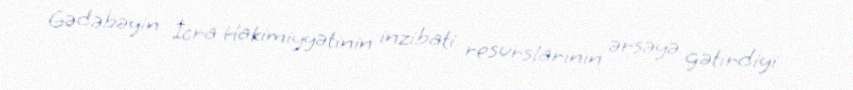
Gədəbəyin İcra Hakimiyyətinin inzibati resurslarının ərsəyə gətirdiyi